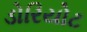
ડોરિયોટ